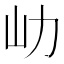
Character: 𡴽